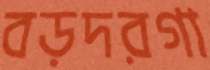
বড়দরগা